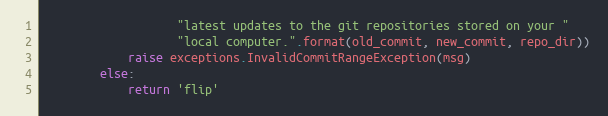
Language: Python
                   "latest updates to the git repositories stored on your "
                   "local computer.".format(old_commit, new_commit, repo_dir))
            raise exceptions.InvalidCommitRangeException(msg)
        else:
            return 'flip'